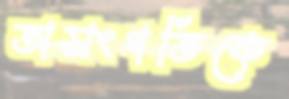
অসংগতিকে